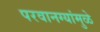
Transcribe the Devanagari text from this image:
परवानग्यांमुळे